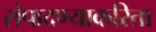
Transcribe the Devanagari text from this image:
संपादण्याकरिता